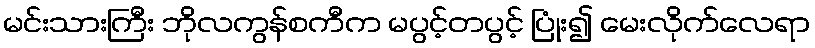
မင်းသားကြီး ဘိုလကွန်စကီက မပွင့်တပွင့် ပြုံး၍ မေးလိုက်လေရာ